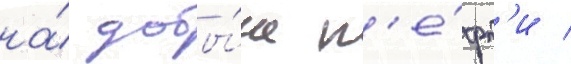
на́ добы́че н'е́фт'и /